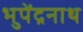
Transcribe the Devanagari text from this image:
भुपेंद्रनाथ